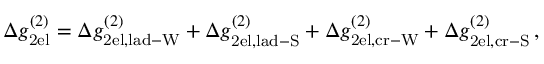
\Delta g _ { \mathrm { 2 e l } } ^ { ( 2 ) } = \Delta g _ { \mathrm { 2 e l , l a d - W } } ^ { ( 2 ) } + \Delta g _ { \mathrm { 2 e l , l a d - S } } ^ { ( 2 ) } + \Delta g _ { \mathrm { 2 e l , c r - W } } ^ { ( 2 ) } + \Delta g _ { \mathrm { 2 e l , c r - S } } ^ { ( 2 ) } \, ,